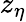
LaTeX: z_{\eta}